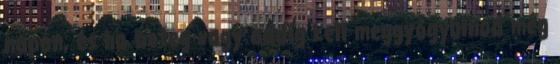
napon, és ha beteg vagy addig kell meggyógyulnod még